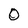
Character: 0